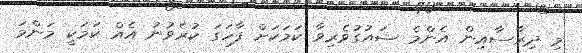
މި ދިރާސާއިން އެންމެ ޝައުގުވެރިވާ ކަމަކަށް ފާހަގަ ކުރެވުނު އެއް ކަމަކީ މަންމަ